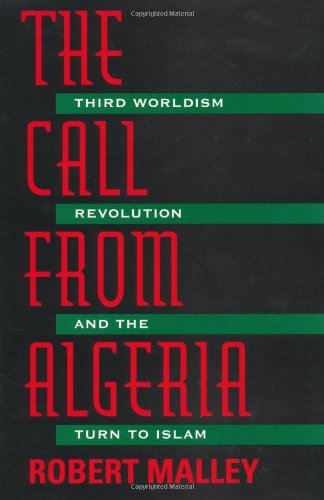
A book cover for The Call from Algeria : Third Worldism, Revolution, and the Turn to Islam; Robert Malley; History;